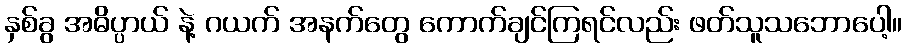
နှစ်ခွ အဓိပ္ပာယ် နဲ့ ဂယက် အနက်တွေ ကောက်ချင်ကြရင်လည်း ဖတ်သူသဘောပေါ့။